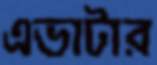
এভাটার